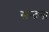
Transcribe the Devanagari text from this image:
सन्दना